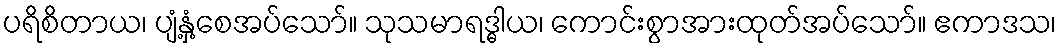
ပရိစိတာယ၊ ပျံ့နှံ့စေအပ်သော်။ သုသမာရဒ္ဓါယ၊ ကောင်းစွာအားထုတ်အပ်သော်။ ဧကာဒသ၊